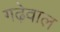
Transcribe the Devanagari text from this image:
गढ़ेवाल